Source: Handwritten
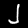
Digit: ၂ (2)